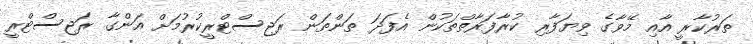
ތަރުކާރީ އާއި މޭވާގެ ވިޔަފާރި ކުރާފަރާތްތަކުން އެފަދަ ތަންތަން ރަޖިސްޓްރީކުރުމަށް އަންގާ ރަޖިސްޓްރީ